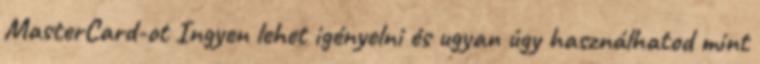
MasterCard-ot Ingyen lehet igényelni és ugyan úgy használhatod mint